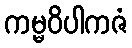
ကမ္မဝိပါကဇံ